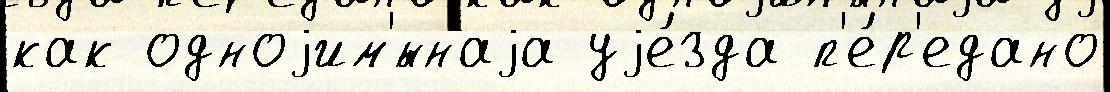
как одноjим'́ннаjа уjе́зда п'е́р'едано